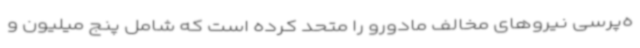
ه‌پرسی نیروهای مخالف مادورو را متحد کرده است که شامل پنج میلیون و